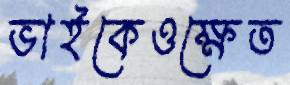
ভাইকেওক্ষেত